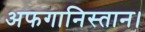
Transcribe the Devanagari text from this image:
अफगानिस्तान।